Lunatic asylums Punjab 1895-1910 - 1895-1910
Year: 1895
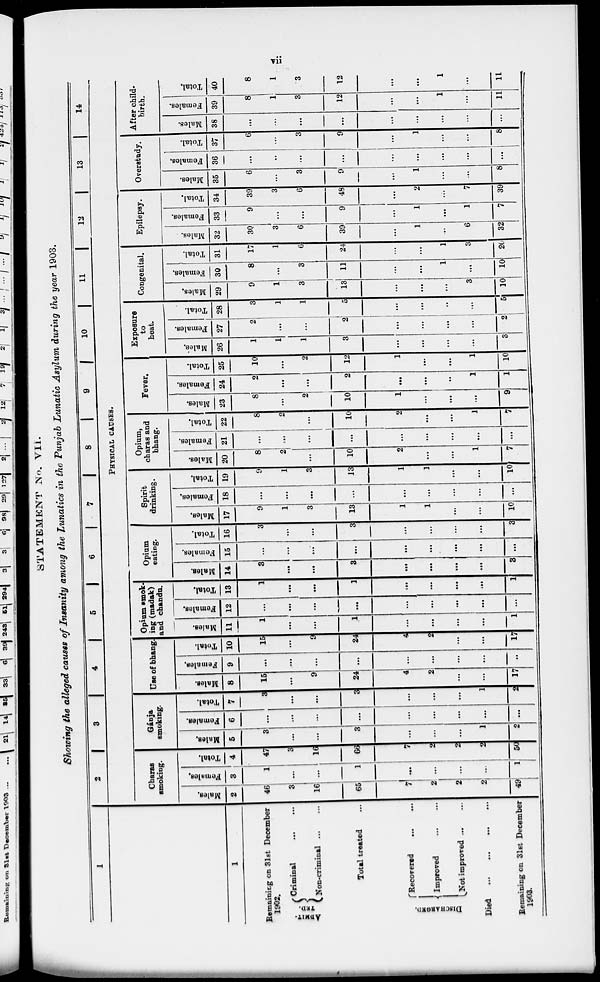
vii
STATEMENT No. VII.
Showing the alleged causes of Insanity among the Lunatics in the Punjab Lunatic Asylum during the year 1903.
1
1
Remaining on 31st December
1902.
ADMIT
-TED.
Criminal
...
...
Non-criminal
...
...
Total treated
DISCHARGED.
Recovered
...
...
Improved
...
...
Not improved
...
...
Died ... ... ... ...
Remaining on 31st December
1903.
2 3 4 5 6 7
8
9
10
11
12
13
14
PHYSICAL CAUSES.
Charas
smoking.
Males.
2
46
3
16
65
7
2
2
2
49
Females.
3
1
...
...
1
...
...
...
...
1
Total.
4
47
3
16
66
7
2
2
2
50
Gánja
smoking.
Males.
5
3
...
...
3
...
...
...
1
2
Females.
6
...
...
...
...
...
...
...
...
...
Total.
7
3
...
...
3
...
...
...
1
2
Use of bhang.
Males.
8
15
...
9
24
4
2
...
...
17
Females.
9
...
...
...
...
...
...
...
...
...
Total.
10
15
...
9
24
4
2
...
...
17
Opium smok-
ing (madak)
and chandu.
Males.
11
1
...
...
1
...
...
...
...
1
Females.
12
...
...
...
...
...
...
...
...
...
Total.
13
1
...
...
1
...
...
...
...
1
Opium
eating.
Males.
14
3
...
...
3
...
...
...
...
3
Females.
15
...
...
...
...
...
...
...
...
Total.
16
3
...
...
3
...
...
...
3
Spirit
drinking.
Males.
17
9
1
3
13
1
1
...
...
10
Females.
18
...
...
...
...
...
...
...
...
...
Total.
19
9
1
3
13
1
1
...
...
10
Opium,
charas and
bhang.
Males.
20
8
2
...
10
2
...
...
1
7
Females.
21
...
...
...
...
...
...
...
...
Total.
22
8
2
...
10
2
...
...
1
7
Fever.
Males.
23
8
...
2
10
1
...
...
...
9
Females.
24
2
...
...
2
...
...
...
1
1
Total.
25
10
...
2
12
1
...
...
1
10
Exposure
to
heat.
Males.
26
1
1
1
3
...
...
...
...
3
Females.
27
2
...
...
...
...
...
...
2
Total.
28
3
1
1
5
...
...
...
...
5
Congenital.
Males.
29
9
1
3
13
...
...
...
3
10
Females.
30
8
...
3
11
...
...
1
...
10
Total.
31
17
1
6
24
...
...
1
3
20
Epilepsy.
Males.
32
30
3
6
39
...
1
...
6
32
Females.
33
9
...
...
9
...
1
...
1
7
Total.
34
39
3
6
48
...
2
...
7
39
Overstudy.
Males.
35
6
...
3
9
...
1
...
...
8
Females.
36
...
...
...
...
...
...
...
...
Total.
37
6
...
3
9
...
1
...
...
8
After child-
birth.
Males.
38
...
...
...
...
...
...
...
...
...
Females.
39
8
1
3
12
...
...
1
...
11
Total.
40
8
1
3
12
...
...
1
...
11